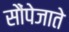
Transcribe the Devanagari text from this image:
सौंपेजाते